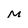
Character: M